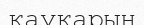
қауқарын